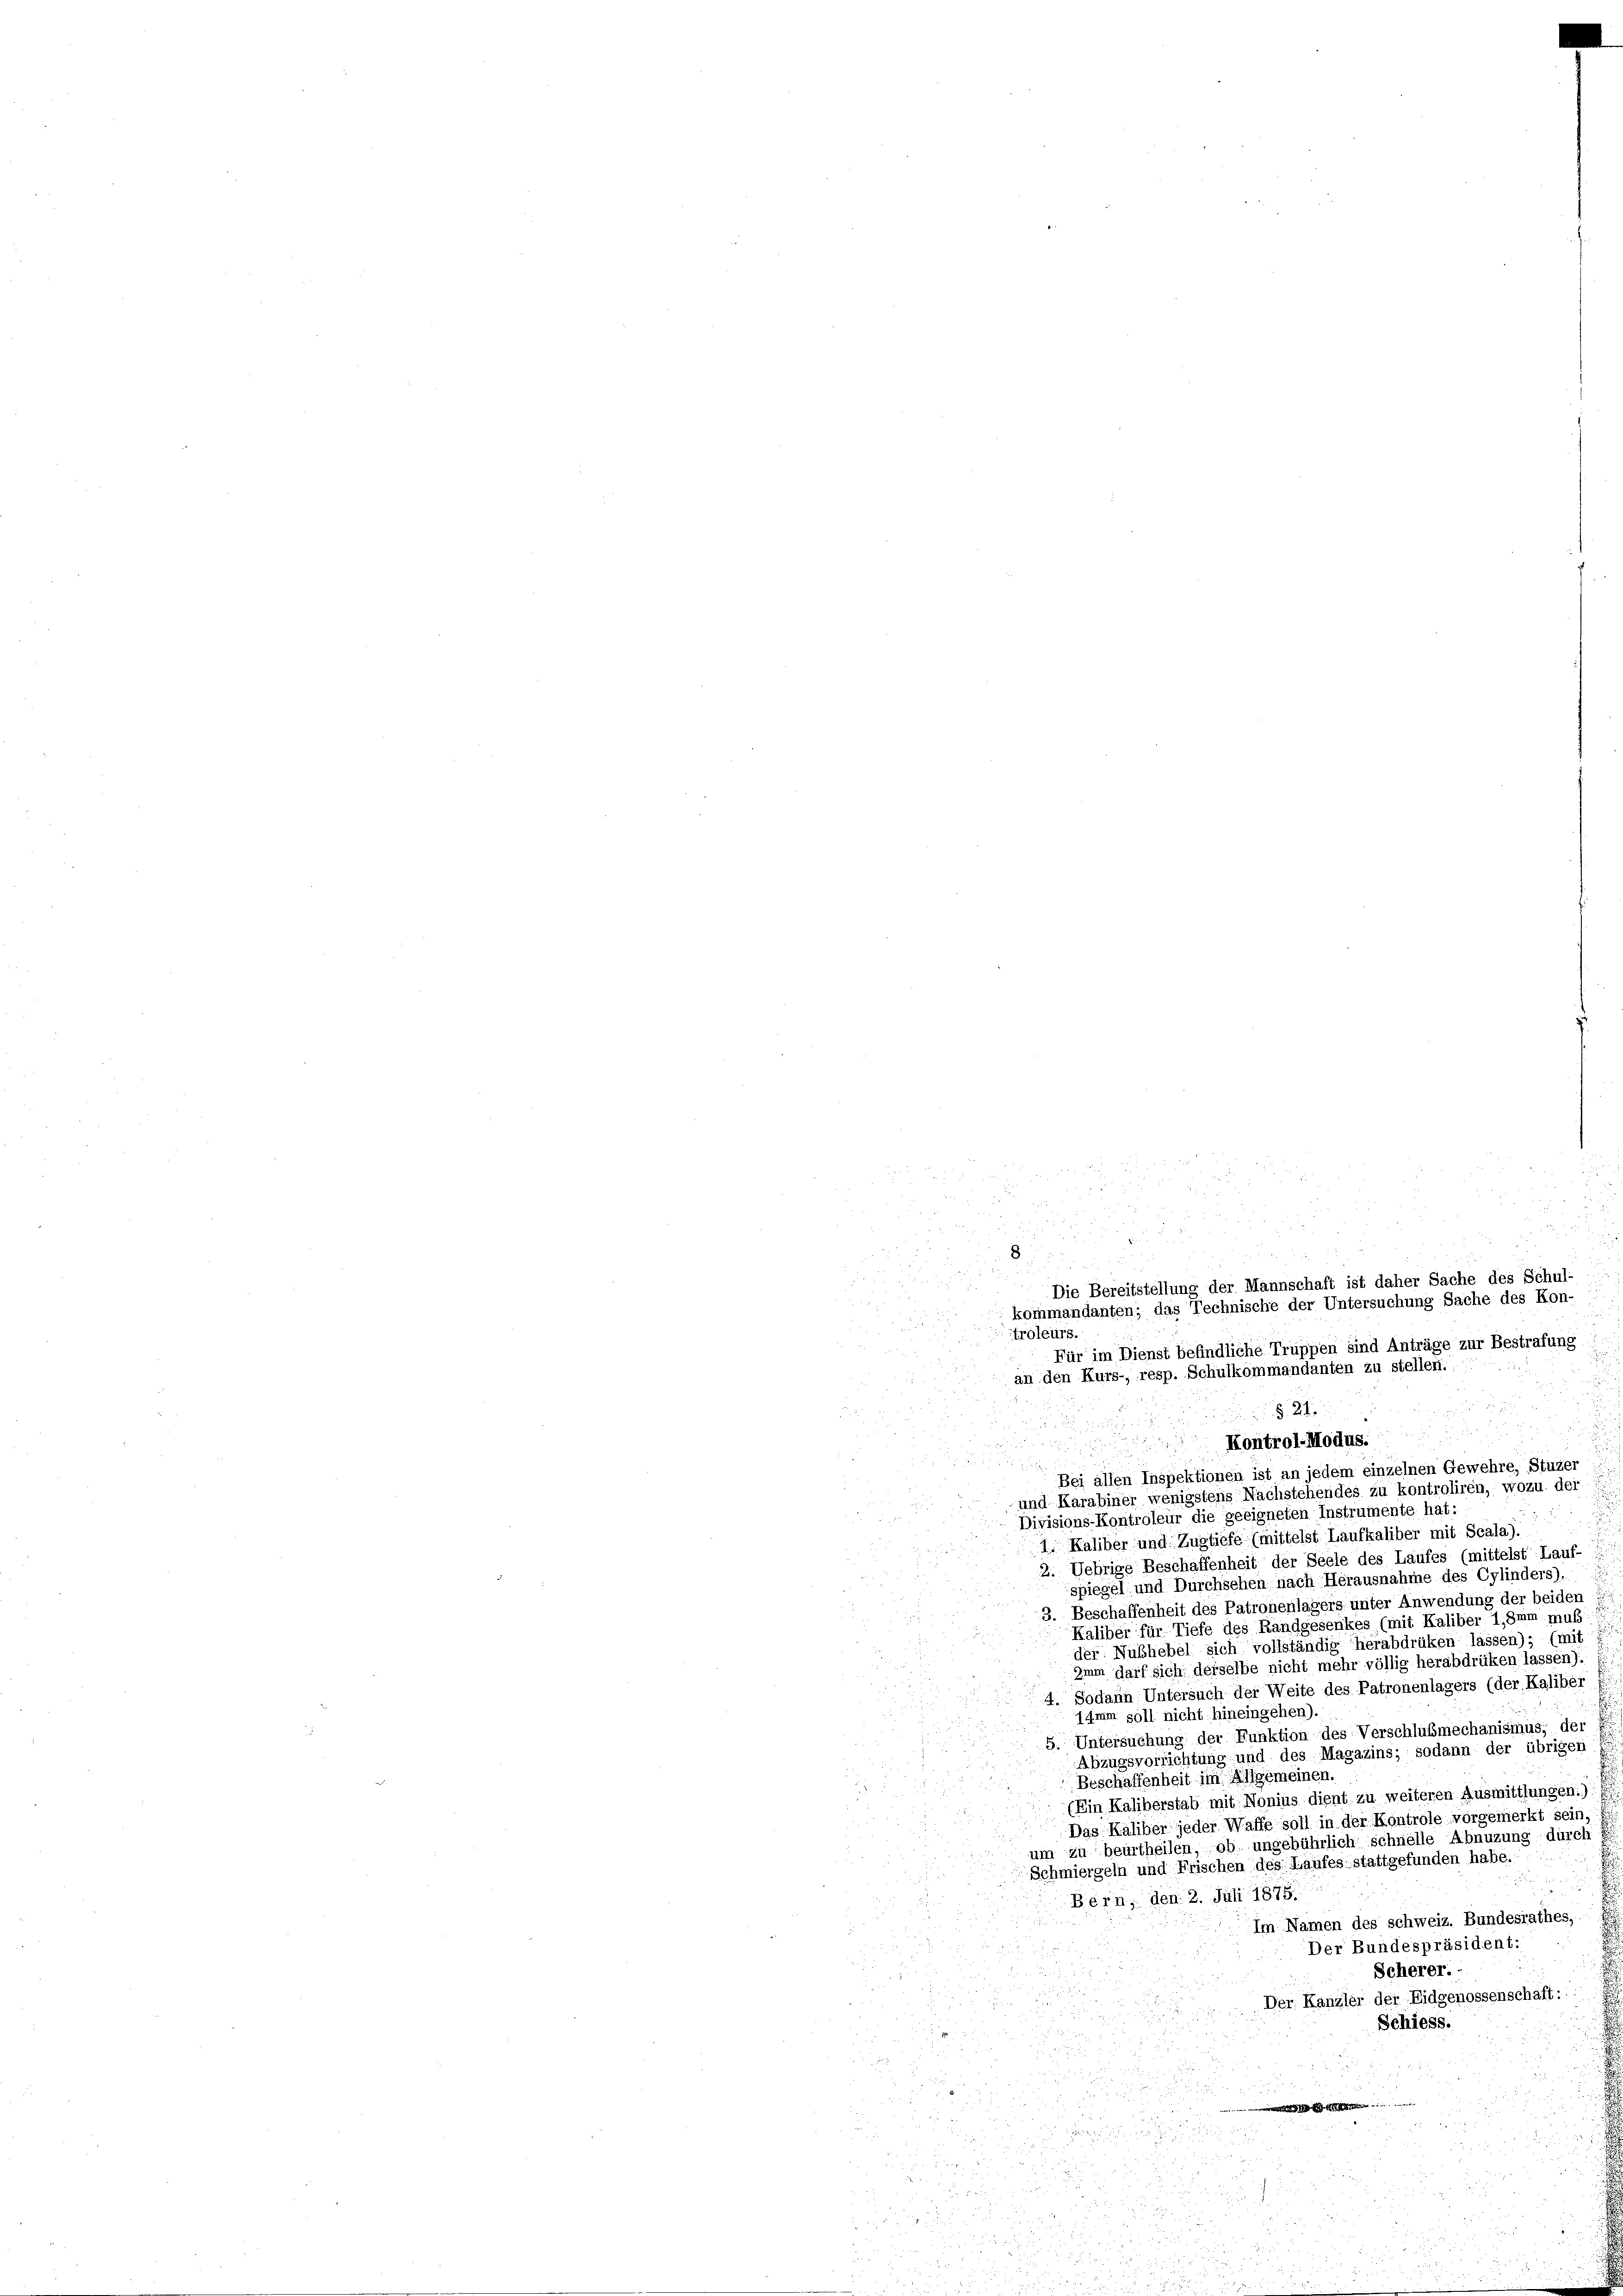
Für im Dienst befindliche Truppen sind Anträge zur Bestrafung
an den Kurs-, resp. Schulkommandanten zu stellen.
§. 21.

u
Kontrol-Modus.
Bei allen Inspektionen ist an jedem einzelnen Gewehre, Stuzer
und Karabiner wenigstens Nachstehendes zu kontroliren, wozu der
Divisions-Kontroleur die geeigneten Instrumente hat:
1. Kaliber und Zugtiefe (mittelst Laufkaliber mit Scala).
2. Uebrige Beschaffenheit der Seele des Laufes (mittelst Lauf-
spiegel und Durchsehen nach Herausnahme des Cylinders),
3. Beschaffenheit des Patronenlagers unter Anwendung der beiden
Käliber für Tiefe des Randgesenkes (mit Kaliber 1,8mm muß
der Nübhebel sich vollständig herabdrüken lassen); (mit
Imm darf sich derselbe nicht mehr völlig herabdrüken lassen).
4. Sodann Untersuch der Weite des Patronenlagers (der Kaliber
1Imm soll nicht hineingehen).
5. Untersuchung der Funktion des Verschlußmechanismus, der
Abzugsvorrichtung und des Magazins; sodann der übrigen
Beschaffenheit im Allgemeinen
(Ein Kaliberstab mit Nonius dient zu weiteren Ausmittlungen.)
Das Kaliber jeder Waffe soll in der Kontrole vorgemerkt sein,
um zu beurtheilen, ob ungebührlich schnelle Abnuzung durch
Schmiergeln und Frischen des Laufes stattgefunden habe.
Bern, den 2. Juli 1879
Im Namen des schweiz. Bundesrathes,
Der Bundespräsident:
Scherer.
Der Kanzler der Eidgenossenschaft:
.
Schiess.
x
.

u

8

8
troleurs.

Die Bereitstellung der Mannschaft ist daher Sache des Schul-
kommandanten; das Technische der Untersuchung Sache des Kon-